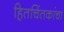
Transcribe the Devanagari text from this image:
हितचिंतकांचा